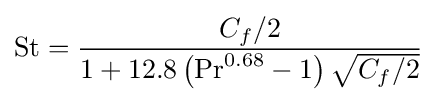
\mathrm {St} ={\frac {C_{f}/2}{1+12.8\left(\mathrm {Pr} ^{0.68}-1\right){\sqrt {C_{f}/2}}}}